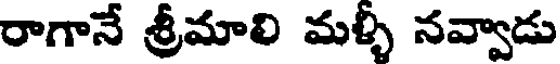
రాగానే శ్రీమాలి మళ్ళీ నవ్వాడు